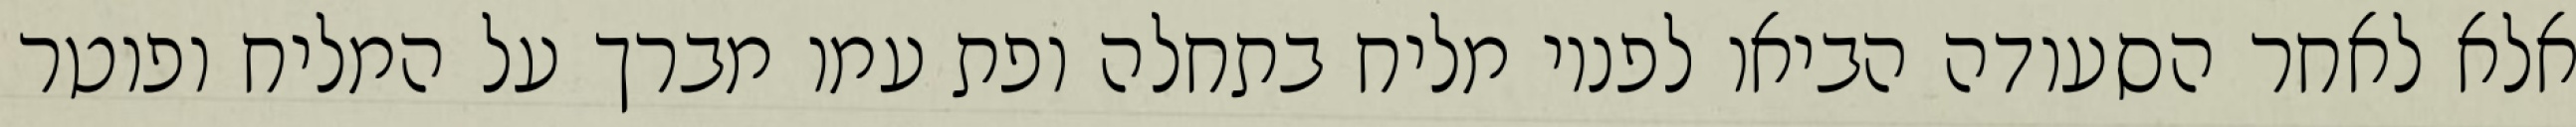
אלא לאחר הסעודה הביאו לפניו מליח בתחלה ופת עמו מברך על המליח ופוטר